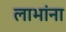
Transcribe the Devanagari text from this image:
लाभांना